65_HS1-834228961_62-HQ-83894_Section_9
Agency: FBI
Page 259
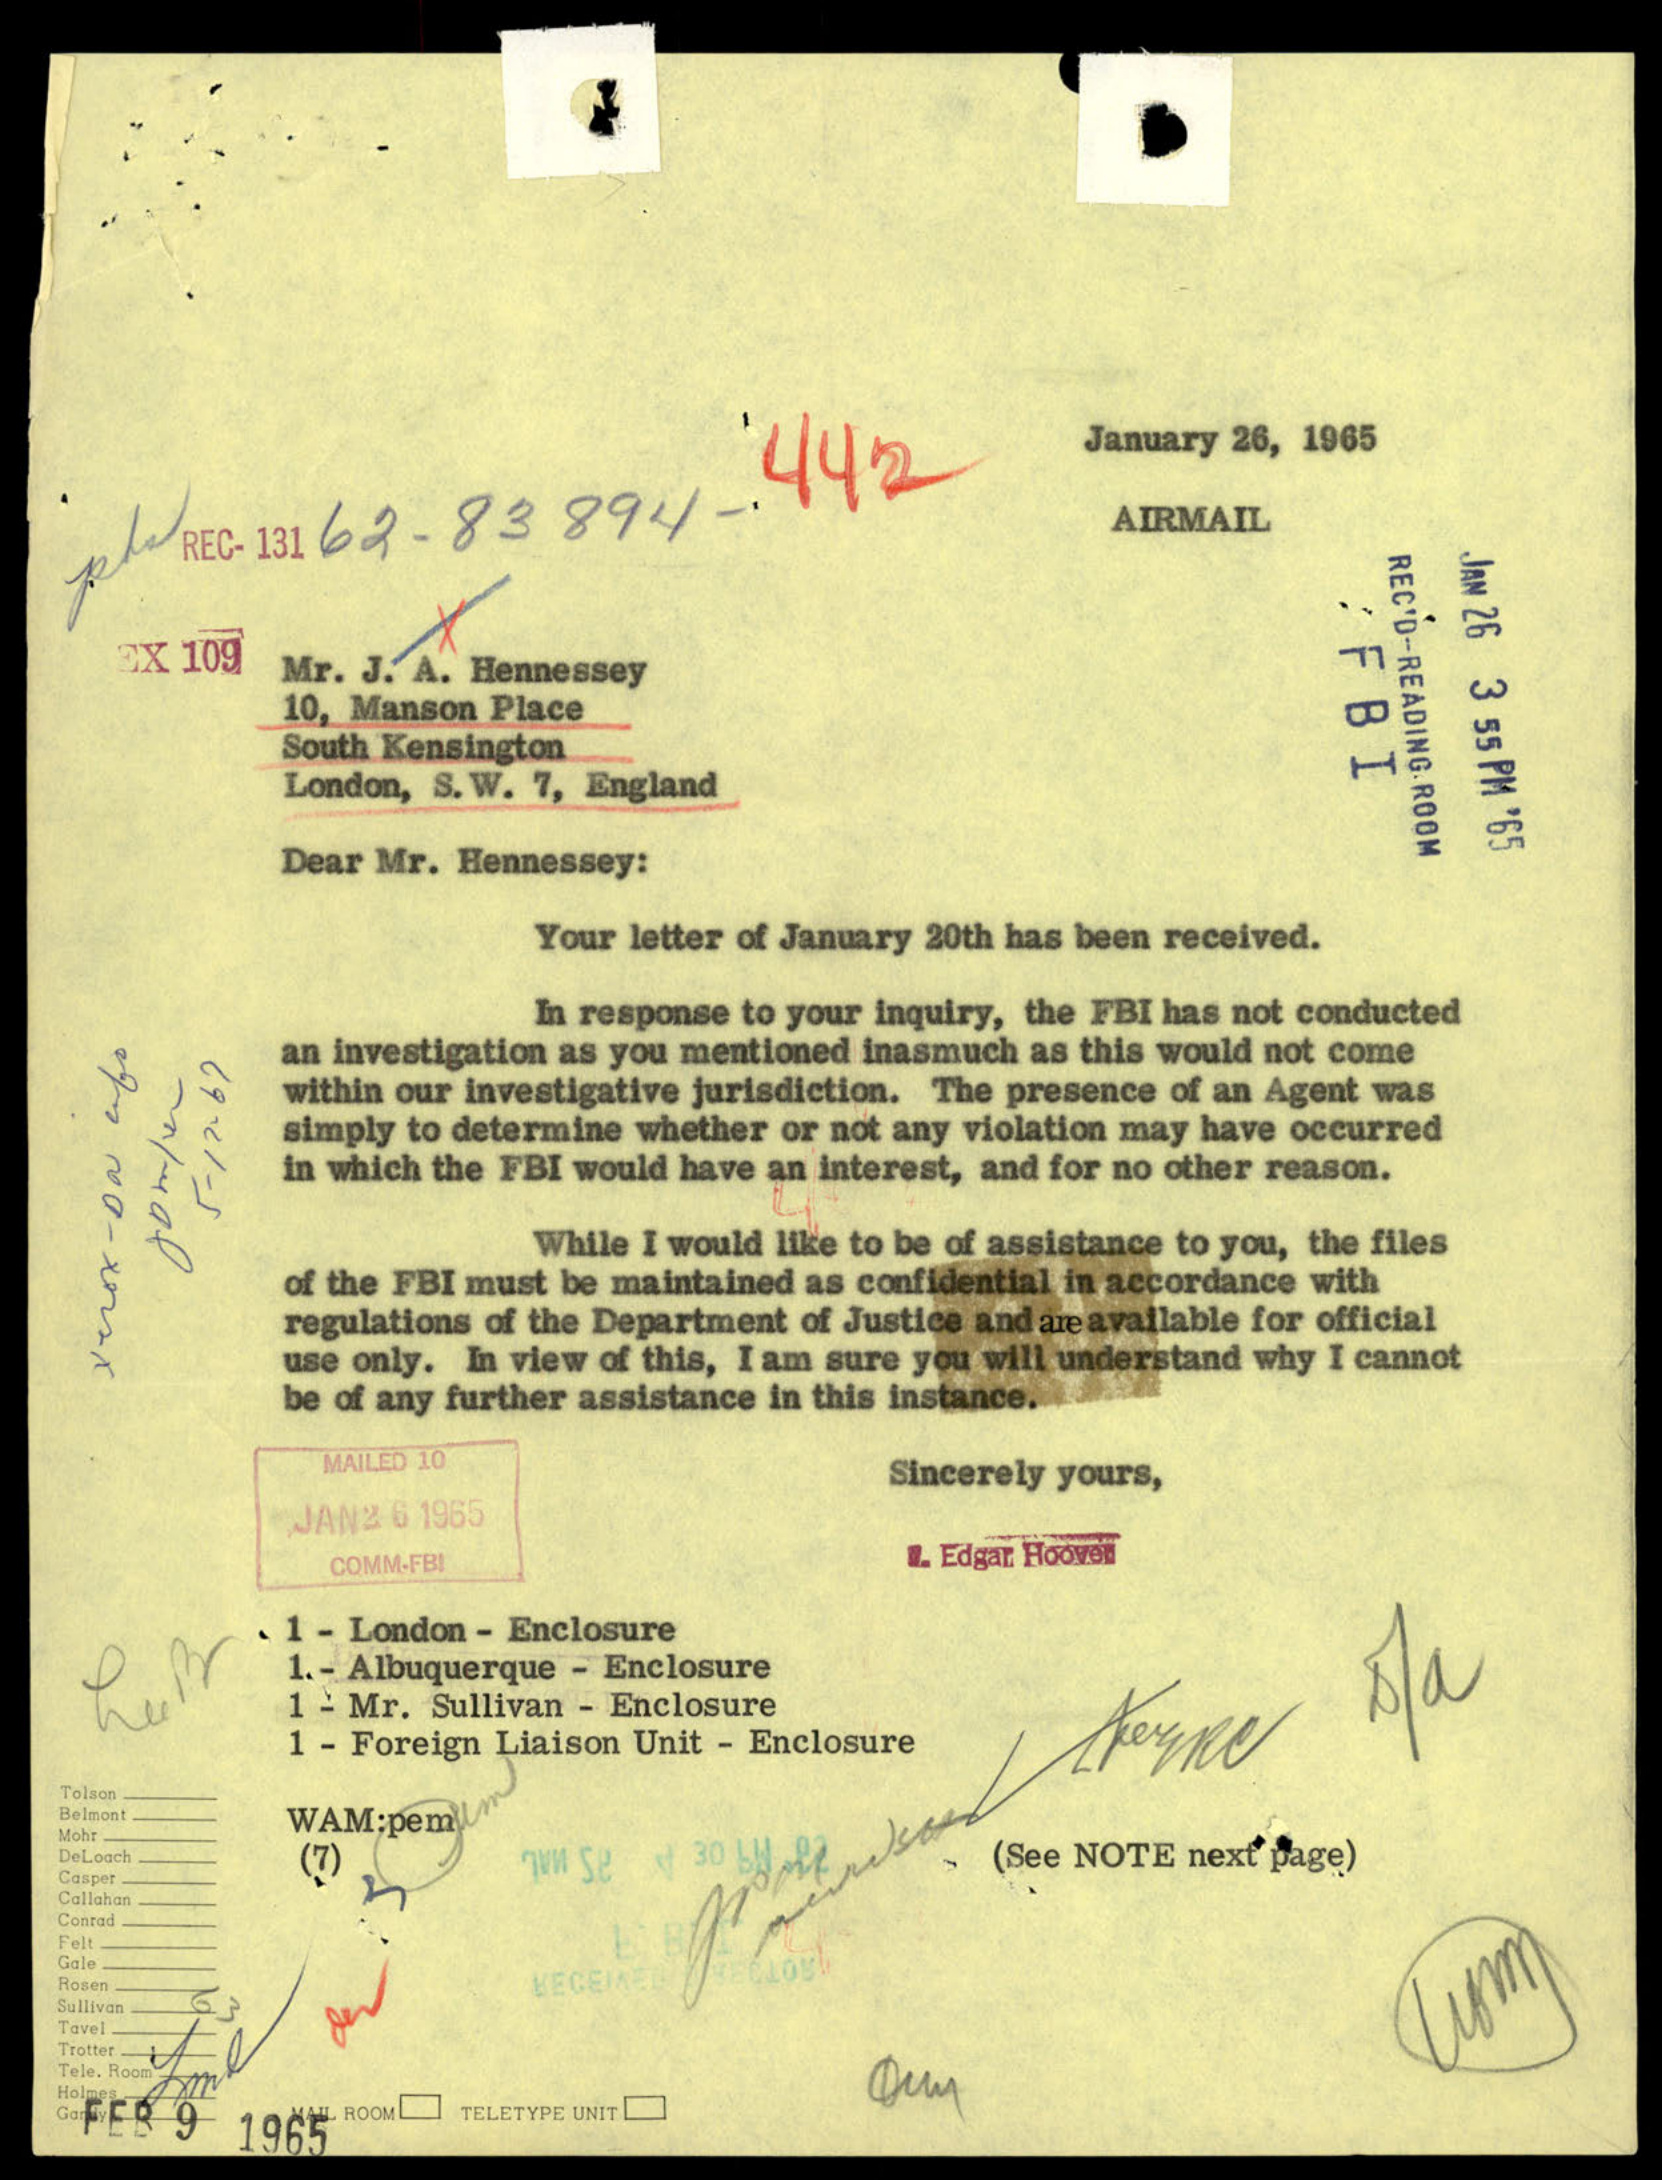